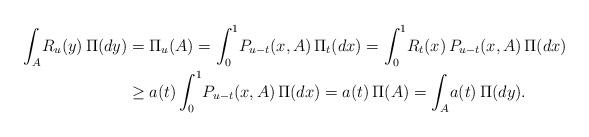
LaTeX: \begin{align*}\int_A\!R_u(y)\,\Pi(dy) &= \Pi_u(A) = \int_0^1\!P_{u-t}(x,A)\,\Pi_t(dx) = \int_0^1\!R_t(x)\,P_{u-t}(x,A)\,\Pi(dx)\\&\geq a(t) \int_0^1\!P_{u-t}(x,A)\,\Pi(dx) = a(t)\,\Pi(A)=\int_A\!a(t)\,\Pi(dy).\end{align*}